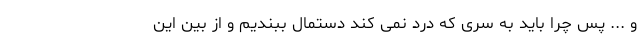
و ... پس چرا باید به سری که درد نمی کند دستمال ببندیم و از بین این